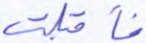
فأقبلت